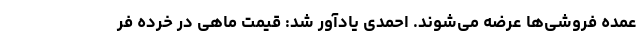
عمده فروشی‌ها عرضه می‌شوند. احمدی یادآور شد: قیمت ماهی در خرده فر